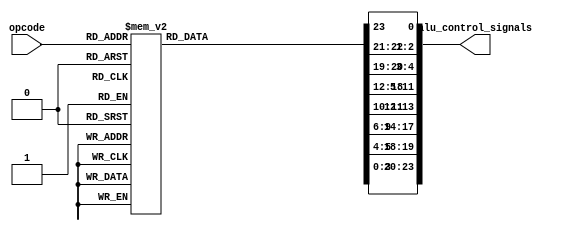
module alu_control(opcode, alu_control_signals);
  input [5:0] opcode; 
  output reg [23:0] alu_control_signals; 
  //     0 : Reg ID sel
  //   2:1 : sign extension
  //   4:3 : jump signal (reserved); 3: is jump, 4: r/i
  //  11:5 : EX; 5: PF or I, 6:9: AluOP, 10: Src2 sel, 11: link?
  // 13:12 : MEM; 12: MemR, 13: MemW
  // 17:14 : WB; 14: RegMem, 15: rw_P, 16: rw_R, 17: rw_F 
  // 19:18 : opc_type: 0: contains Ry ?, 1: contains Rx ?
  // 23:20 : FPU latency
  always @(*) begin
    case(opcode)
      //5.3 Memory Loads/Stores
      6'h23: //ld
        begin
          alu_control_signals[23:20] = 4'b0;
          alu_control_signals[19:18] = 2'b01;
          alu_control_signals[17:14] = 4'b010_1;         
          alu_control_signals[13:12] = 2'b0_1;
          alu_control_signals[11:5] = 7'b0_1_0001_1;
          alu_control_signals[4:3] = 2'bx_0;
          alu_control_signals[2:1] = 2'b01;
          alu_control_signals[0] = 1'bx;
        end
      6'h24: //st
        begin
          alu_control_signals[23:20] = 4'b0;
          alu_control_signals[19:18] = 2'b11;
          alu_control_signals[17:14] = 4'b000_x;         
          alu_control_signals[13:12] = 2'b1_0;
          alu_control_signals[11:5] = 7'b0_1_0001_1;
          alu_control_signals[4:3] = 2'bx_0;
          alu_control_signals[2:1] = 2'b01;
          alu_control_signals[0] = 1'b1;
        end
      //5.4 Predicate Manipulation        
      6'h27: //andp
        begin
          alu_control_signals[23:20] = 4'b0;
          alu_control_signals[19:18] = 2'b00;
          alu_control_signals[17:14] = 4'b001_x;         
          alu_control_signals[13:12] = 2'b0_0;
          alu_control_signals[11:5] = 7'bx_x_0001_0;
          alu_control_signals[4:3] = 2'bx_0;
          alu_control_signals[2:1] = 2'bxx;
          alu_control_signals[0] = 1'b0;
        end
      6'h28: //orp
        begin
          alu_control_signals[23:20] = 4'b0;
          alu_control_signals[19:18] = 2'b00;
          alu_control_signals[17:14] = 4'b001_x;         
          alu_control_signals[13:12] = 2'b0_0;
          alu_control_signals[11:5] = 7'bx_x_0010_0;
          alu_control_signals[4:3] = 2'bx_0;
          alu_control_signals[2:1] = 2'bxx;
          alu_control_signals[0] = 1'b0;
        end
      6'h29: //xorp
        begin
          alu_control_signals[23:20] = 4'b0;
          alu_control_signals[19:18] = 2'b00;
          alu_control_signals[17:14] = 4'b001_x;         
          alu_control_signals[13:12] = 2'b0_0;
          alu_control_signals[11:5] = 7'bx_x_0011_0;
          alu_control_signals[4:3] = 2'bx_0;
          alu_control_signals[2:1] = 2'bxx;
          alu_control_signals[0] = 1'b0;
        end
      6'h2a: //notp
        begin
          alu_control_signals[23:20] = 4'b0;
          alu_control_signals[19:18] = 2'b00;
          alu_control_signals[17:14] = 4'b001_x;         
          alu_control_signals[13:12] = 2'b0_0;
          alu_control_signals[11:5] = 7'bx_x_0100_0;
          alu_control_signals[4:3] = 2'bx_0;
          alu_control_signals[2:1] = 2'bxx;
          alu_control_signals[0] = 1'b0;
        end
      //5.5 Value Test        
      6'h26: //rtop
        begin
          alu_control_signals[23:20] = 4'b0;
          alu_control_signals[19:18] = 2'b01;
          alu_control_signals[17:14] = 4'b001_x;         
          alu_control_signals[13:12] = 2'b0_0;
          alu_control_signals[11:5] = 7'b0_x_0101_0;
          alu_control_signals[4:3] = 2'bx_0;
          alu_control_signals[2:1] = 2'bxx;
          alu_control_signals[0] = 1'b0;
        end
      6'h2b: //isneg
        begin
          alu_control_signals[23:20] = 4'b0;
          alu_control_signals[19:18] = 2'b01;
          alu_control_signals[17:14] = 4'b001_x;         
          alu_control_signals[13:12] = 2'b0_0;
          alu_control_signals[11:5] = 7'b0_x_0110_0;
          alu_control_signals[4:3] = 2'bx_0;
          alu_control_signals[2:1] = 2'bxx;
          alu_control_signals[0] = 1'b0;
        end
      6'h2c: //iszero
        begin
          alu_control_signals[23:20] = 4'b0;
          alu_control_signals[19:18] = 2'b01;
          alu_control_signals[17:14] = 4'b001_x;         
          alu_control_signals[13:12] = 2'b0_0;
          alu_control_signals[11:5] = 7'b0_x_0111_0;
          alu_control_signals[4:3] = 2'bx_0;
          alu_control_signals[2:1] = 2'bxx;
          alu_control_signals[0] = 1'b0;
        end
      //5.6 Immediate Integer Arithmetic/Logic        
      6'h25: //ldi
        begin
          alu_control_signals[23:20] = 4'b0;
          alu_control_signals[19:18] = 2'b00;
          alu_control_signals[17:14] = 4'b010_0;         
          alu_control_signals[13:12] = 2'b0_0;
          alu_control_signals[11:5] = 7'bx_1_1101_1;
          alu_control_signals[4:3] = 2'bx_0;
          alu_control_signals[2:1] = 2'b11;
          alu_control_signals[0] = 1'bx;
        end
      6'h14: //add
        begin
          alu_control_signals[23:20] = 4'b0;
          alu_control_signals[19:18] = 2'b01;
          alu_control_signals[17:14] = 4'b010_0;         
          alu_control_signals[13:12] = 2'b0_0;
          alu_control_signals[11:5] = 7'b0_1_0001_1;
          alu_control_signals[4:3] = 2'bx_0;
          alu_control_signals[2:1] = 2'b01;
          alu_control_signals[0] = 1'bx;
        end
      6'h15: //subi
        begin
          alu_control_signals[23:20] = 4'b0;
          alu_control_signals[19:18] = 2'b01;
          alu_control_signals[17:14] = 4'b010_0;         
          alu_control_signals[13:12] = 2'b0_0;
          alu_control_signals[11:5] = 7'b0_1_0010_1;
          alu_control_signals[4:3] = 2'bx_0;
          alu_control_signals[2:1] = 2'b01;
          alu_control_signals[0] = 1'bx;
        end
      6'h16: //muli
        begin
          alu_control_signals[23:20] = 4'b0;
          alu_control_signals[19:18] = 2'b01;
          alu_control_signals[17:14] = 4'b010_0;         
          alu_control_signals[13:12] = 2'b0_0;
          alu_control_signals[11:5] = 7'b0_1_0011_1;
          alu_control_signals[4:3] = 2'bx_0;
          alu_control_signals[2:1] = 2'b01;
          alu_control_signals[0] = 1'bx;
        end
      6'h17: //divi
        begin
          alu_control_signals[23:20] = 4'b0;
          alu_control_signals[19:18] = 2'b01;
          alu_control_signals[17:14] = 4'b010_0;         
          alu_control_signals[13:12] = 2'b0_0;
          alu_control_signals[11:5] = 7'b0_1_0100_1;
          alu_control_signals[4:3] = 2'bx_0;
          alu_control_signals[2:1] = 2'b01;
          alu_control_signals[0] = 1'bx;
        end        
      6'h18: //modi
        begin
          alu_control_signals[23:20] = 4'b0;
          alu_control_signals[19:18] = 2'b01;
          alu_control_signals[17:14] = 4'b010_0;         
          alu_control_signals[13:12] = 2'b0_0;
          alu_control_signals[11:5] = 7'b0_1_0101_1;
          alu_control_signals[4:3] = 2'bx_0;
          alu_control_signals[2:1] = 2'b01;
          alu_control_signals[0] = 1'bx;
        end
      6'h19: //shli
        begin
          alu_control_signals[23:20] = 4'b0;
          alu_control_signals[19:18] = 2'b01;
          alu_control_signals[17:14] = 4'b010_0;         
          alu_control_signals[13:12] = 2'b0_0;
          alu_control_signals[11:5] = 7'b0_1_0110_1;
          alu_control_signals[4:3] = 2'bx_0;
          alu_control_signals[2:1] = 2'b01;
          alu_control_signals[0] = 1'bx;
        end
      6'h1a: //shri
        begin
          alu_control_signals[23:20] = 4'b0;
          alu_control_signals[19:18] = 2'b01;
          alu_control_signals[17:14] = 4'b010_0;         
          alu_control_signals[13:12] = 2'b0_0;
          alu_control_signals[11:5] = 7'b0_1_0111_1;
          alu_control_signals[4:3] = 2'bx_0;
          alu_control_signals[2:1] = 2'b01;
          alu_control_signals[0] = 1'bx;
        end
      6'h11: //andi
        begin
          alu_control_signals[23:20] = 4'b0;
          alu_control_signals[19:18] = 2'b01;
          alu_control_signals[17:14] = 4'b010_0;         
          alu_control_signals[13:12] = 2'b0_0;
          alu_control_signals[11:5] = 7'b0_1_1000_1;
          alu_control_signals[4:3] = 2'bx_0;
          alu_control_signals[2:1] = 2'b01;
          alu_control_signals[0] = 1'bx;
        end
      6'h12: //ori
        begin
          alu_control_signals[23:20] = 4'b0;
          alu_control_signals[19:18] = 2'b01;
          alu_control_signals[17:14] = 4'b010_0;         
          alu_control_signals[13:12] = 2'b0_0;
          alu_control_signals[11:5] = 7'b0_1_1001_1;
          alu_control_signals[4:3] = 2'bx_0;
          alu_control_signals[2:1] = 2'b01;
          alu_control_signals[0] = 1'bx;
        end
      6'h13: //xori
        begin
          alu_control_signals[23:20] = 4'b0;
          alu_control_signals[19:18] = 2'b01;
          alu_control_signals[17:14] = 4'b010_0;         
          alu_control_signals[13:12] = 2'b0_0;
          alu_control_signals[11:5] = 7'b0_1_1010_1;
          alu_control_signals[4:3] = 2'bx_0;
          alu_control_signals[2:1] = 2'b01;
          alu_control_signals[0] = 1'bx;
        end
      //5.7 Register Integer Arithmetic/Logic        
      6'h0a: //add
        begin
          alu_control_signals[23:20] = 4'b0;
          alu_control_signals[19:18] = 2'b11;
          alu_control_signals[17:14] = 4'b010_0;         
          alu_control_signals[13:12] = 2'b0_0;
          alu_control_signals[11:5] = 7'b0_0_0001_1;
          alu_control_signals[4:3] = 2'bx_0;
          alu_control_signals[2:1] = 2'bxx;
          alu_control_signals[0] = 1'b0;
        end
      6'h0b: //sub
        begin
          alu_control_signals[23:20] = 4'b0;
          alu_control_signals[19:18] = 2'b11;
          alu_control_signals[17:14] = 4'b010_0;        
          alu_control_signals[13:12] = 2'b0_0;
          alu_control_signals[11:5] = 7'b0_0_0010_1;
          alu_control_signals[4:3] = 2'bx_0;
          alu_control_signals[2:1] = 2'bxx;
          alu_control_signals[0] = 1'b0;
        end
      6'h0c: //mul
        begin
          alu_control_signals[23:20] = 4'b0;
          alu_control_signals[19:18] = 2'b11;
          alu_control_signals[17:14] = 4'b010_0;         
          alu_control_signals[13:12] = 2'b0_0;
          alu_control_signals[11:5] = 7'b0_0_0011_1;
          alu_control_signals[4:3] = 2'bx_0;
          alu_control_signals[2:1] = 2'bxx;
          alu_control_signals[0] = 1'b0;
        end
      6'h0d: //div
        begin
          alu_control_signals[23:20] = 4'b0;
          alu_control_signals[19:18] = 2'b11;
          alu_control_signals[17:14] = 4'b010_0;         
          alu_control_signals[13:12] = 2'b0_0;
          alu_control_signals[11:5] = 7'b0_0_0100_1;
          alu_control_signals[4:3] = 2'bx_0;
          alu_control_signals[2:1] = 2'bxx;
          alu_control_signals[0] = 1'b0;
        end        
      6'h0e: //mod
        begin
          alu_control_signals[23:20] = 4'b0;
          alu_control_signals[19:18] = 2'b11;
          alu_control_signals[17:14] = 4'b010_0;         
          alu_control_signals[13:12] = 2'b0_0;
          alu_control_signals[11:5] = 7'b0_0_0101_1;
          alu_control_signals[4:3] = 2'bx_0;
          alu_control_signals[2:1] = 2'bxx;
          alu_control_signals[0] = 1'b0;
        end
      6'h0f: //shl
        begin
          alu_control_signals[23:20] = 4'b0;
          alu_control_signals[19:18] = 2'b11;
          alu_control_signals[17:14] = 4'b010_0;         
          alu_control_signals[13:12] = 2'b0_0;
          alu_control_signals[11:5] = 7'b0_0_0110_1;
          alu_control_signals[4:3] = 2'bx_0;
          alu_control_signals[2:1] = 2'bxx;
          alu_control_signals[0] = 1'b0;
        end
      6'h10: //shr
        begin
          alu_control_signals[23:20] = 4'b0;
          alu_control_signals[19:18] = 2'b11;
          alu_control_signals[17:14] = 4'b010_0;         
          alu_control_signals[13:12] = 2'b0_0;
          alu_control_signals[11:5] = 7'b0_0_0111_1;
          alu_control_signals[4:3] = 2'bx_0;
          alu_control_signals[2:1] = 2'bxx;
          alu_control_signals[0] = 1'b0;
        end
      6'h07: //and
        begin
          alu_control_signals[23:20] = 4'b0;
          alu_control_signals[19:18] = 2'b11;
          alu_control_signals[17:14] = 4'b010_0;         
          alu_control_signals[13:12] = 2'b0_0;
          alu_control_signals[11:5] = 7'b0_0_1000_1;
          alu_control_signals[4:3] = 2'bx_0;
          alu_control_signals[2:1] = 2'bxx;
          alu_control_signals[0] = 1'b0;
        end
      6'h08: //or
        begin
          alu_control_signals[23:20] = 4'b0;
          alu_control_signals[19:18] = 2'b11;
          alu_control_signals[17:14] = 4'b010_0;         
          alu_control_signals[13:12] = 2'b0_0;
          alu_control_signals[11:5] = 7'b0_0_1001_1;
          alu_control_signals[4:3] = 2'bx_0;
          alu_control_signals[2:1] = 2'bxx;
          alu_control_signals[0] = 1'b0;
        end
      6'h09: //xor
        begin
          alu_control_signals[23:20] = 4'b0;
          alu_control_signals[19:18] = 2'b11;
          alu_control_signals[17:14] = 4'b010_0;         
          alu_control_signals[13:12] = 2'b0_0;
          alu_control_signals[11:5] = 7'b0_0_1010_1;
          alu_control_signals[4:3] = 2'bx_0;
          alu_control_signals[2:1] = 2'bxx;
          alu_control_signals[0] = 1'b0;
        end
      6'h05: //neg
        begin
          alu_control_signals[23:20] = 4'b0;
          alu_control_signals[19:18] = 2'b01;
          alu_control_signals[17:14] = 4'b010_0;         
          alu_control_signals[13:12] = 2'b0_0;
          alu_control_signals[11:5] = 7'b0_x_1011_1;
          alu_control_signals[4:3] = 2'bx_0;
          alu_control_signals[2:1] = 2'bxx;
          alu_control_signals[0] = 1'bx;
        end
      6'h06: //not
        begin
          alu_control_signals[23:20] = 4'b0;
          alu_control_signals[19:18] = 2'b01;
          alu_control_signals[17:14] = 4'b010_0;         
          alu_control_signals[13:12] = 2'b0_0;
          alu_control_signals[11:5] = 7'b0_x_1100_1;
          alu_control_signals[4:3] = 2'bx_0;
          alu_control_signals[2:1] = 2'bxx;
          alu_control_signals[0] = 1'bx;
        end  
      //5.2 Privileged Instruction
      6'h01: //di
        begin
          alu_control_signals[23:20] = 4'b0;
          alu_control_signals[19:18] = 2'b0;
          alu_control_signals[17:14] = 4'b0;         
          alu_control_signals[13:12] = 2'b0;
          alu_control_signals[11:5] = 7'b0;
          alu_control_signals[4:3] = 2'b0;
          alu_control_signals[2:1] = 2'b0;
          alu_control_signals[0] = 1'b0;
        end
      6'h02: //ei
        begin
          alu_control_signals[23:20] = 4'b0;
          alu_control_signals[19:18] = 2'b0;
          alu_control_signals[17:14] = 4'b0;         
          alu_control_signals[13:12] = 2'b0;
          alu_control_signals[11:5] = 7'b0;
          alu_control_signals[4:3] = 2'b0;
          alu_control_signals[2:1] = 2'b0;
          alu_control_signals[0] = 1'b0;
        end
      6'h31: //reti
        begin
          alu_control_signals[23:20] = 4'b0;
          alu_control_signals[19:18] = 2'b00;
          alu_control_signals[17:14] = 4'b000_0;         
          alu_control_signals[13:12] = 2'b0_0;
          alu_control_signals[11:5] = 7'b0_0_0000_0;
          alu_control_signals[4:3] = 2'b1_1;
          alu_control_signals[2:1] = 2'b10;
          alu_control_signals[0] = 1'b0;
        end
      6'h2d: //halt
        begin
          alu_control_signals[23:20] = 4'b0;
          alu_control_signals[19:18] = 2'b0;
          alu_control_signals[17:14] = 4'b0;         
          alu_control_signals[13:12] = 2'b0;
          alu_control_signals[11:5] = 7'b0;
          alu_control_signals[4:3] = 2'b0;
          alu_control_signals[2:1] = 2'b0;
          alu_control_signals[0] = 1'b0;
        end        
      //5.11 User/Kernel Interaction 
      6'h2e: //trap
        begin
          alu_control_signals[23:20] = 4'b0;
          alu_control_signals[19:18] = 2'b0;
          alu_control_signals[17:14] = 4'b0;         
          alu_control_signals[13:12] = 2'b0;
          alu_control_signals[11:5] = 7'b0;
          alu_control_signals[4:3] = 2'b0;
          alu_control_signals[2:1] = 2'b0;
          alu_control_signals[0] = 1'b0;
        end       
      //5.8 Floating Point Arhithmethic
      6'h33: //itof 1000
        begin
          alu_control_signals[23:20] = 4'b0110;
          alu_control_signals[19:18] = 2'b00;
          alu_control_signals[17:14] = 4'b100_0;         
          alu_control_signals[13:12] = 2'b0_0;
          alu_control_signals[11:5] = 7'b0_0_1000_0;
          alu_control_signals[4:3] = 2'bx_0;
          alu_control_signals[2:1] = 2'bxx;
          alu_control_signals[0] = 1'b1;
        end
      6'h34: //ftoi 1001
        begin
          alu_control_signals[23:20] = 4'b0110;
          alu_control_signals[19:18] = 2'b00;
          alu_control_signals[17:14] = 4'b010_0;         
          alu_control_signals[13:12] = 2'b0_0;
          alu_control_signals[11:5] = 7'b0_0_1001_0;
          alu_control_signals[4:3] = 2'bx_0;
          alu_control_signals[2:1] = 2'bxx;
          alu_control_signals[0] = 1'b1;
        end
      6'h39: //fneg
        begin
          alu_control_signals[23:20] = 4'b0000;
          alu_control_signals[19:18] = 2'b00;
          alu_control_signals[17:14] = 4'b100_0;         
          alu_control_signals[13:12] = 2'b0_0;
          alu_control_signals[11:5] = 7'b0_0_1010_0;
          alu_control_signals[4:3] = 2'bx_0;
          alu_control_signals[2:1] = 2'bxx;
          alu_control_signals[0] = 1'b1;
        end 
      6'h35: //fadd
        begin
          alu_control_signals[23:20] = 4'b0111;
          alu_control_signals[19:18] = 2'b00;
          alu_control_signals[17:14] = 4'b100_0;         
          alu_control_signals[13:12] = 2'b0_0;
          alu_control_signals[11:5] = 7'b0_0_1011_0;
          alu_control_signals[4:3] = 2'bx_0;
          alu_control_signals[2:1] = 2'bxx;
          alu_control_signals[0] = 1'b1;
        end 
      6'h36: //fsub
        begin
          alu_control_signals[23:20] = 4'b0111;
          alu_control_signals[19:18] = 2'b00;
          alu_control_signals[17:14] = 4'b100_0;         
          alu_control_signals[13:12] = 2'b0_0;
          alu_control_signals[11:5] = 7'b0_0_1100_0;
          alu_control_signals[4:3] = 2'bx_0;
          alu_control_signals[2:1] = 2'bxx;
          alu_control_signals[0] = 1'b1;
        end 
      6'h37: //fmul
        begin
          alu_control_signals[23:20] = 4'b0101;
          alu_control_signals[19:18] = 2'b00;
          alu_control_signals[17:14] = 4'b100_0;         
          alu_control_signals[13:12] = 2'b0_0;
          alu_control_signals[11:5] = 7'b0_0_1101_0;
          alu_control_signals[4:3] = 2'bx_0;
          alu_control_signals[2:1] = 2'bxx;
          alu_control_signals[0] = 1'b1;
        end 
      6'h38: //fdiv
        begin
          alu_control_signals[23:20] = 4'b0110;
          alu_control_signals[19:18] = 2'b00;
          alu_control_signals[17:14] = 4'b100_0;         
          alu_control_signals[13:12] = 2'b0_0;
          alu_control_signals[11:5] = 7'b0_0_1110_0;
          alu_control_signals[4:3] = 2'bx_0;
          alu_control_signals[2:1] = 2'bxx;
          alu_control_signals[0] = 1'b1;
        end 
      //5.9 Control Flow
      6'h1d: //jmpi
        begin
          alu_control_signals[23:20] = 4'b0;
          alu_control_signals[19:18] = 2'b00;
          alu_control_signals[17:14] = 4'b000_0;         
          alu_control_signals[13:12] = 2'b0_0;
          alu_control_signals[11:5] = 7'b0_0_0000_0;
          alu_control_signals[4:3] = 2'b1_1;
          alu_control_signals[2:1] = 2'b10;
          alu_control_signals[0] = 1'b0;
        end
      6'h1e: //jmpr
        begin
          alu_control_signals[23:20] = 4'b0;
          alu_control_signals[19:18] = 2'b10;
          alu_control_signals[17:14] = 4'b000_0;         
          alu_control_signals[13:12] = 2'b0_0;
          alu_control_signals[11:5] = 7'b0_0_0000_0;
          alu_control_signals[4:3] = 2'b0_1;
          alu_control_signals[2:1] = 2'bxx;
          alu_control_signals[0] = 1'b1;
        end
      6'h1b: //jali
        begin
          alu_control_signals[23:20] = 4'b0;
          alu_control_signals[19:18] = 2'b00;
          alu_control_signals[17:14] = 4'b010_0;         
          alu_control_signals[13:12] = 2'b0_0;
          alu_control_signals[11:5] = 7'b1_0_1110_1;
          alu_control_signals[4:3] = 2'b1_1;
          alu_control_signals[2:1] = 2'b11;
          alu_control_signals[0] = 1'b0;
        end
      6'h1c: //jalr
        begin
          alu_control_signals[23:20] = 4'b0;
          alu_control_signals[19:18] = 2'b10;
          alu_control_signals[17:14] = 4'b010_0;         
          alu_control_signals[13:12] = 2'b0_0;
          alu_control_signals[11:5] = 7'b1_0_1110_1;
          alu_control_signals[4:3] = 2'b0_1;
          alu_control_signals[2:1] = 2'bxx;
          alu_control_signals[0] = 1'b0;
        end 
        
      default: //nop
        begin
          alu_control_signals[23:20] = 4'b0;
          alu_control_signals[19:18] = 2'b00;
          alu_control_signals[17:14] = 2'b0;         
          alu_control_signals[13:12] = 2'b0;
          alu_control_signals[11:5] = 4'b0;
          alu_control_signals[4:3] = 2'b0;
          alu_control_signals[2:1] = 2'b0;
          alu_control_signals[0] = 1'b0;        
        end
    endcase
  end
endmodule

module preg_file(rst, rw, X, Y, Z, Pset, Pid, Pz, Px, Py, Pval);
  input rst;
  input rw; //0, read; 1, write
  input [1:0] X;
  input [1:0] Y;
  input [1:0] Z;
  input [1:0] Pid;
  input Pz;
  input Pset;
  output Px;
  output Py;
  output Pval;
  
  reg pregs [3:0];
  integer i;
  
  always @ (*) begin
    if (rst) begin
      /*
      for(i=0; i<4; i=i+1) begin
        pregs[i] <= 0;
      end
      */
      pregs[0] <= 1;
      pregs[1] <= 1;
      pregs[2] <= 0;
      pregs[3] <= 0;
    end else begin
      if(rw == 1)
        pregs[Z] <= Pz;
    end
  end
  
  assign Px = pregs[X];
  assign Py = pregs[Y];
  assign Pval = (Pset == 1) ? pregs[Pid] : 1'b1;
endmodule

module greg_file(rst, rw, X, Y, Z, Rz, Rx, Ry);
  input rst;
  input rw; //0, read; 1, write
  input [3:0] X;
  input [3:0] Y;
  input [3:0] Z;
  input [31:0] Rz;
  output [31:0] Rx;
  output [31:0] Ry;
  
  reg [31:0] gregs [15:0];
  integer i;
  
  always @ (*) begin
    if (rst) begin
      for(i=0; i<16; i=i+1) begin
        gregs[i] <= i;
      end
    end else begin 
      if(rw == 1)
        gregs[Z] <= Rz;
    end
  end
  
  assign Rx = gregs[X];
  assign Ry = gregs[Y];
endmodule

module freg_file(rst, rw, X, Y, Z, Fz, Fx, Fy);
  input rst;
  input rw; //0, read; 1, write
  input [3:0] X;
  input [3:0] Y;
  input [3:0] Z;
  input [31:0] Fz;
  output [31:0] Fx;
  output [31:0] Fy;
  
  reg [31:0] fregs [15:0];
  integer i;
  
  always @ (*) begin
    if (rst) begin
      for(i=0; i<16; i=i+1) begin
        fregs[i] <= 0;
      end
      //fregs[1] <= 32'h40400000;
      fregs[1] <= 32'h4091999A;
      fregs[3] <= 32'h40800000;
      fregs[5] <= 32'h40200000;
    end else begin 
      if(rw == 1)
        fregs[Z] <= Fz;
    end
  end
  
  assign Fx = fregs[X];
  assign Fy = fregs[Y];
endmodule

module imm_extend(ctr, field, imm_s);
  input [1:0] ctr;
  input [22:0] field;
  output reg [31:0] imm_s;
  
  always @(*) begin
    case (ctr)
      2'b01: imm_s = {{17{field[14]}}, field[14:0]};
      2'b10: imm_s = {{9{field[22]}}, field[22:0]};
      2'b11: imm_s = {{13{field[18]}}, field[18:0]};
      default: imm_s = 32'b0;
    endcase
  end
endmodule

module decode(clk, rst, pc_n, inst, Pz_id, Pz, Rz_id, Rz, Fz_id, Fz, imm_s, rw, Px, Py, Rx, Ry, Fx, Fy, Z, EX, MEM, WB, JMP, OPC, LAT, Pval, Y_id, X_id, jmp_i, set_mask, epc, interrupt1, interrupt0); //jump target is computed here
  input clk;
  input rst;
  input [31:0] pc_n;
  input [31:0] inst;
  input [2:0] rw; //0:preg, 1:greg, 2:freg
  input Pz;
  input [1:0] Pz_id;
  input [31:0] Rz;
  input [3:0] Rz_id;
  input [31:0] Fz;
  input [3:0] Fz_id;
  input [31:0] epc;
 
  output Px;
  output Py;
  output [31:0] Rx;
  output [31:0] Ry; 
  output [31:0] Fx;
  output [31:0] Fy;
  output [3:0] Z;
  output [31:0] imm_s;
  output [6:0] EX;
  output [1:0] MEM;
  output [3:0] WB;
  output [1:0] JMP;
  output [1:0] OPC;
  output [3:0] LAT;
  output Pval;
  output [3:0] Y_id;
  output [3:0] X_id;
  output [31:0] jmp_i;
  output reg [1:0] set_mask;
  output interrupt1, interrupt0;
  
  wire [3:0] X;
  wire [3:0] Y;
  wire [1:0] Pid;
  wire [23:0] signals;
  wire Pset;
  
  assign X = (signals[0] == 0) ? inst[14:11] : inst[22:19];
  assign Y = inst[18:15];
  assign Z = inst[22:19];
  assign Pset = inst[31];
  assign Pid = inst[30:29];
  assign Y_id = Y;
  assign X_id = X;
  
  always @(*) begin
    case (inst[28:23])
      6'h01 : set_mask = 2'b10; //di
      6'h02 : set_mask = 2'b01; //ei
      6'h2d : set_mask = 2'b11; //halt
      default: set_mask = 2'b00;
    endcase
  end
  
  assign interrupt1 = (inst[28:23] > 6'b111001) ? 1 : 0; //unknown opcode;
  assign interrupt0 = (inst[28:23] == 6'b101110) ? 1 : 0; //TRAP
  
  preg_file pregs(.rst(rst), .rw(rw[0]), .X(X[1:0]), .Y(Y[1:0]), .Z(Pz_id), .Pset(Pset), .Pid(Pid), .Pz(Pz), .Px(Px), .Py(Py), .Pval(Pval));
  greg_file gregs(.rst(rst), .rw(rw[1]), .X(X), .Y(Y), .Z(Rz_id), .Rz(Rz), .Rx(Rx), .Ry(Ry));
  freg_file fregs(.rst(rst), .rw(rw[2]), .X(X), .Y(Y), .Z(Fz_id), .Fz(Fz), .Fx(Fx), .Fy(Fy));
  
  imm_extend immse(.ctr(signals[2:1]), .field(inst[22:0]), .imm_s(imm_s));
  
  alu_control ac(.opcode(inst[28:23]), .alu_control_signals(signals));

  assign EX = signals[11:5];
  assign MEM = signals[13:12];
  assign WB = signals[17:14];
  assign JMP = signals[4:3];
  
  assign OPC = signals[19:18];
  
  assign LAT = (Pval == 1'b1) ? signals[23:20] : 4'b0;
  
  assign jmp_i = (inst[28:23] == 6'b110001) ? epc : pc_n + imm_s; //reti is a kind of jmpi
  
endmodule